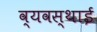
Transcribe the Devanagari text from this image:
व्यवस्थाई